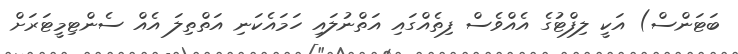
ބަޓަންސް) އަކީ ލިފްޓުގެ އެއްވެސް ފިތެއްގައި އަތްނުލައި ހަމައެކަނި އަތްތިލަ އެއް ސެންޓިމީޓަރަށް